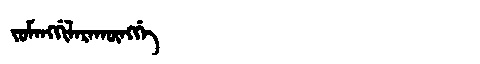
Manchu: ᠵᡠᠮᠠᠩᡤᡳᠯᠠᡵᠠᡴᡡᠩᡤᡝ
Romanization: JUMANGGILARAKŪNGGE